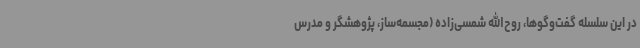
در این سلسله گفت‌وگوها، روح‌الله شمسی‌زاده (مجسمه‌ساز، پژوهشگر و مدرس